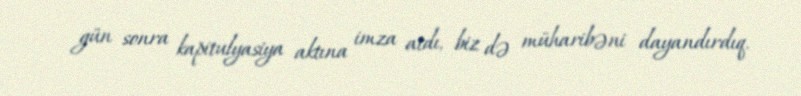
gün sonra kapitulyasiya aktına imza atdı, biz də müharibəni dayandırdıq.